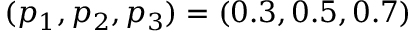
( p _ { 1 } , p _ { 2 } , p _ { 3 } ) = ( 0 . 3 , 0 . 5 , 0 . 7 )